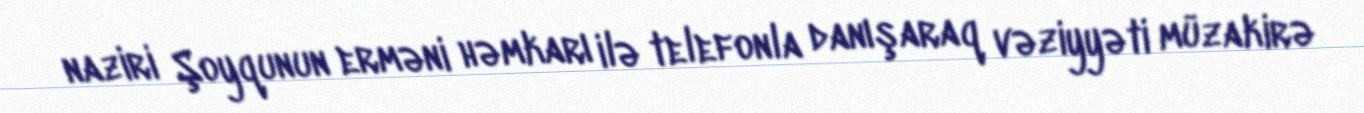
naziri Şoyqunun erməni həmkarı ilə telefonla danışaraq vəziyyəti müzakirə